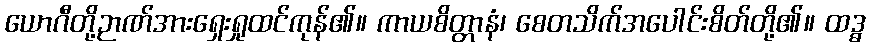
ယောဂီတို့ဉာဏ်အားရှေးရှုထင်ကုန်၏။ ကာယစိတ္တာနံ၊ စေတသိက်အပေါင်းစိတ်တို့၏။ ထဒ္ဓ